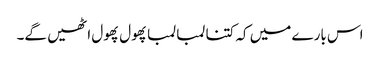
اس بارے میں کہ کتنا لمبا لمبا پھول پھول اٹھیں گے۔